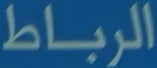
الرباط